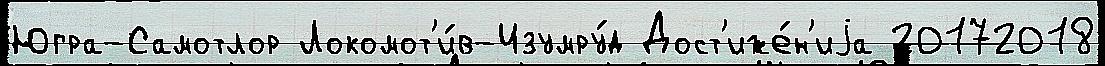
Югра-Самотлор Локомот'и́в-Изумру́д Дост'иже́н'иjа 20172018